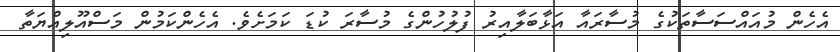
އެހެން މުއައްސަސާތަކުގެ މުސާރައާ އަޅާބަލާއިރު ފުލުހުންގެ މުސާރަ ކުޑަ ކަމަށެވެ. އެހެންކަމުން މަސްއޫލިއްޔަތާ